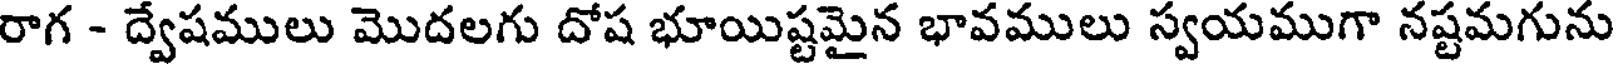
రాగ - ద్వేషములు మొదలగు దోష భూయిష్టమైన భావములు స్వయముగా నష్టమగును